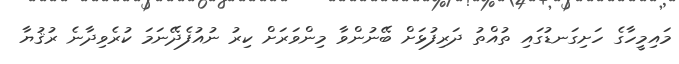
މައިމީހާގެ ހަށިގަނޑުގައި ތުއްތު ދަރިފުޅަށް ބޭނުންވާ މިންވަރަށް ކިރު ނުއުފެދޭނަމަ ކުރެވިދާނެ ރުޤުޔާ